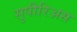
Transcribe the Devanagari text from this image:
सुपीरिअस